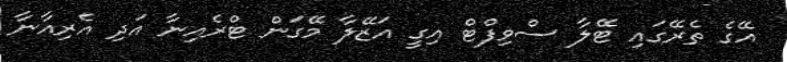
އޭގެ ތެރޭގައި ޓޭލާ ސްވިފްޓް އިގީ އަޒޭލާ މޭގަން ޓްރެއިނާ އަދި އެރިއާނާ